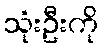
သုံးဦးကို